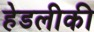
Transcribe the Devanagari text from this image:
हेडलीकी